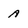
Character: A